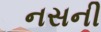
નસની